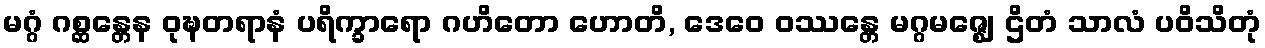
မဂ္ဂံ ဂစ္ဆန္တေန ဝုဍ္ဎတရာနံ ပရိက္ခာရော ဂဟိတော ဟောတိ, ဒေဝေ ဝဿန္တေ မဂ္ဂမဇ္ဈေ ဌိတံ သာလံ ပဝိသိတုံ